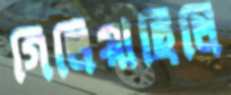
গিলিয়াছিলি